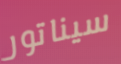
سيناتور